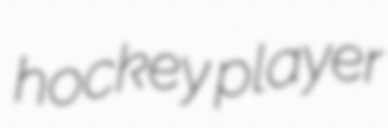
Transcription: hockey player